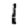
Digit: 1